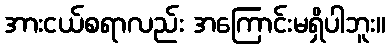
အားငယ်စရာလည်း အကြောင်းမရှိပါဘူး။